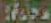
HAST